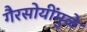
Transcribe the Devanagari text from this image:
गैरसोयींमुळे